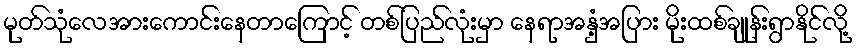
မုတ်သုံလေအားကောင်းနေတာကြောင့် တစ်ပြည်လုံးမှာ နေရာအနှံ့အပြား မိုးထစ်ချုန်းရွာနိုင်လို့